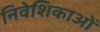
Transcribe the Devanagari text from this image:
निवेशिकाओं